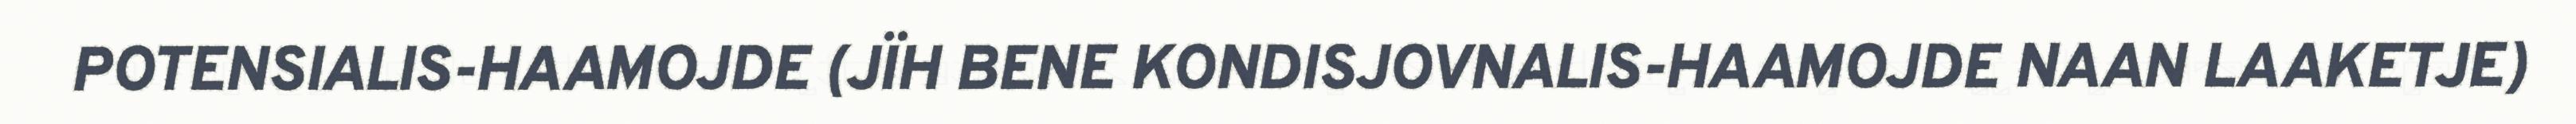
POTENSIALIS-HAAMOJDE (JÏH BENE KONDISJOVNALIS-HAAMOJDE NAAN LAAKETJE)